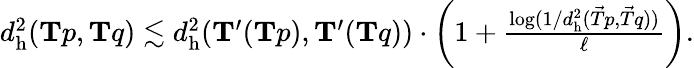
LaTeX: \begin{array}{r}{d_{\mathrm{h}}^{2}(\mathbf{T}p,\mathbf{T}q)\lesssim d_{\mathrm{h}}^{2}(\mathbf{T}^{\prime}(\mathbf{T}p),\mathbf{T}^{\prime}(\mathbf{T}q))\cdot\left(1+\frac{\log(1/d_{\mathrm{h}}^{2}(\vec{T}p,\vec{T}q))}{\ell}\right).}\end{array}